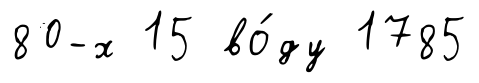
80-х 15 во́ду 1785